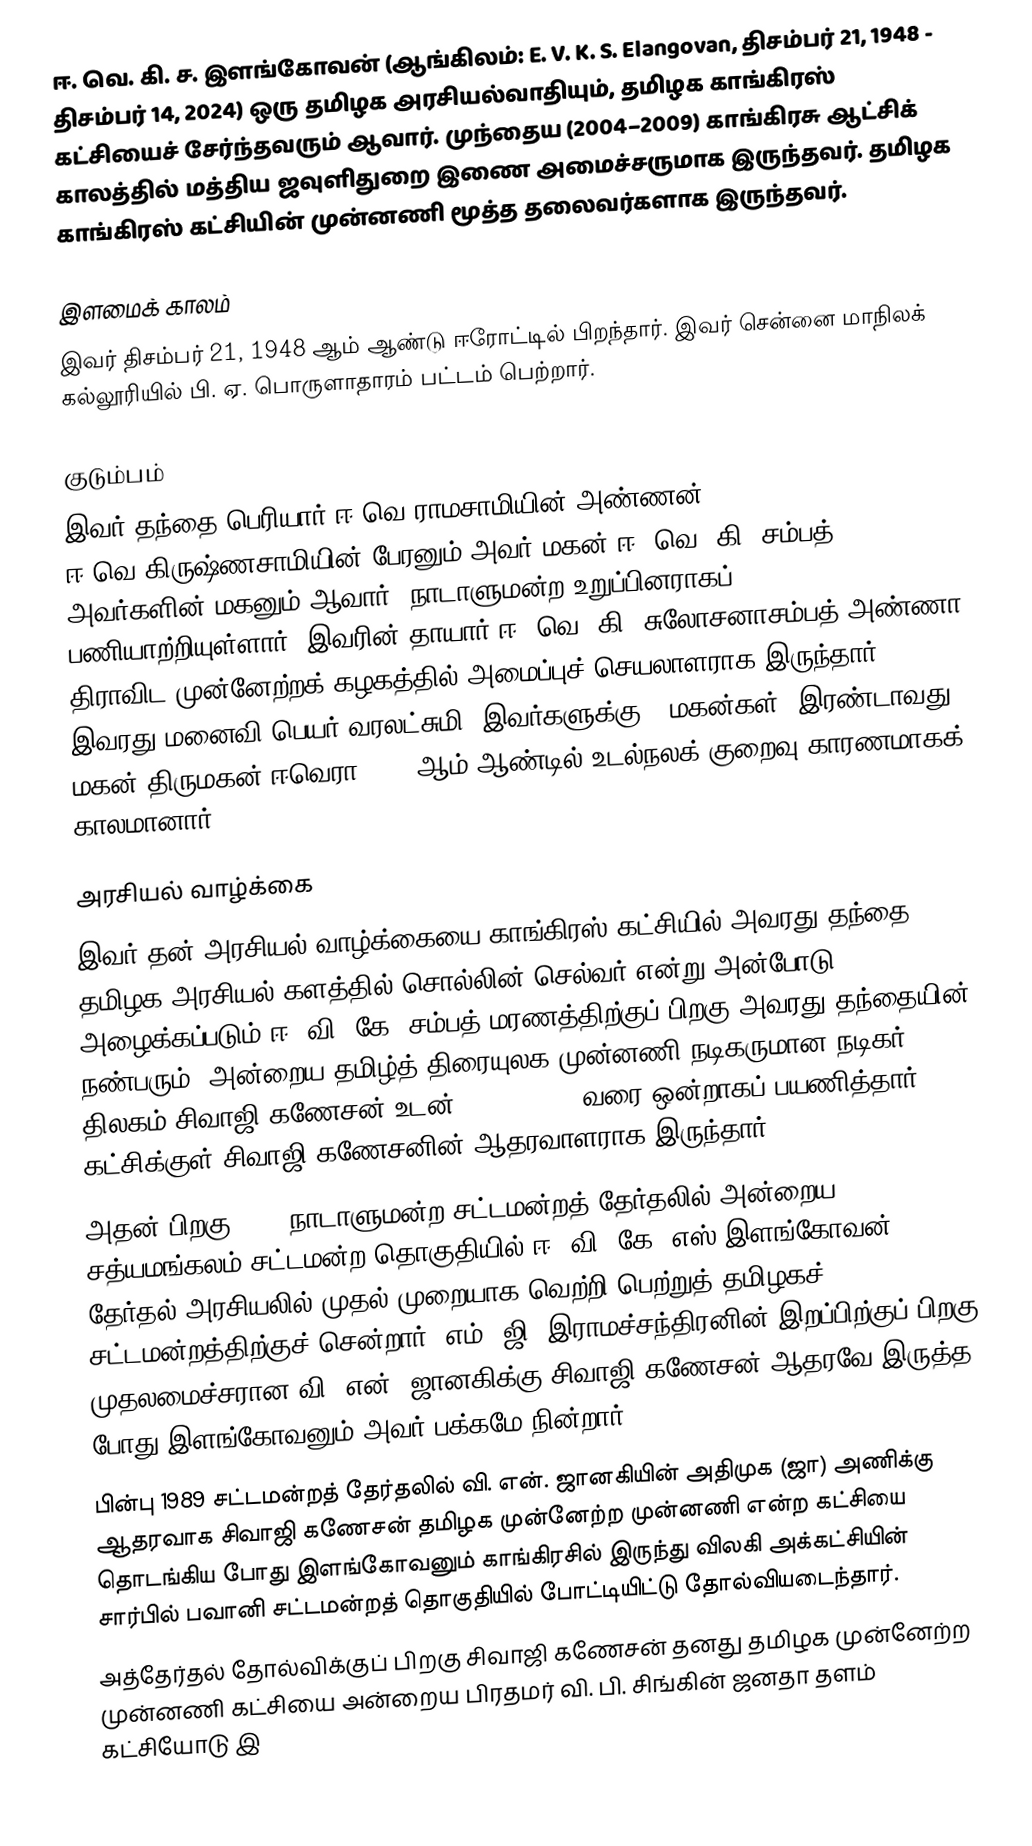
ஈ. வெ. கி. ச. இளங்கோவன் (ஆங்கிலம்: E. V. K. S. Elangovan, திசம்பர் 21, 1948 - திசம்பர் 14, 2024) ஒரு தமிழக அரசியல்வாதியும், தமிழக காங்கிரஸ் கட்சியைச் சேர்ந்தவரும் ஆவார். முந்தைய (2004–2009) காங்கிரசு ஆட்சிக் காலத்தில் மத்திய ஜவுளிதுறை இணை அமைச்சருமாக இருந்தவர். தமிழக காங்கிரஸ் கட்சியின் முன்னணி மூத்த தலைவர்களாக இருந்தவர்.

இளமைக் காலம்
இவர் திசம்பர் 21, 1948 ஆம் ஆண்டு  ஈரோட்டில் பிறந்தார். இவர் சென்னை மாநிலக் கல்லூரியில் பி. ஏ. பொருளாதாரம் பட்டம் பெற்றார்.

குடும்பம்
இவர் தந்தை பெரியார் ஈ.வெ.ராமசாமியின் அண்ணன் ஈ.வெ.கிருஷ்ணசாமியின் பேரனும் அவர் மகன் ஈ. வெ. கி. சம்பத் அவர்களின் மகனும் ஆவார். நாடாளுமன்ற உறுப்பினராகப் பணியாற்றியுள்ளார். இவரின் தாயார் ஈ. வெ. கி. சுலோசனாசம்பத் அண்ணா திராவிட முன்னேற்றக் கழகத்தில் அமைப்புச் செயலாளராக இருந்தார். இவரது மனைவி பெயர் வரலட்சுமி, இவர்களுக்கு 2 மகன்கள். இரண்டாவது மகன் திருமகன் ஈவெரா 2023 ஆம் ஆண்டில் உடல்நலக் குறைவு காரணமாகக் காலமானார்.

அரசியல் வாழ்க்கை
 இவர் தன் அரசியல் வாழ்க்கையை காங்கிரஸ் கட்சியில் அவரது தந்தை தமிழக அரசியல் களத்தில் சொல்லின் செல்வர் என்று அன்போடு அழைக்கப்படும் ஈ. வி. கே. சம்பத்  மரணத்திற்குப் பிறகு அவரது தந்தையின் நண்பரும், அன்றைய தமிழ்த் திரையுலக முன்னணி நடிகருமான நடிகர் திலகம் சிவாஜி கணேசன் உடன் (1977–1989) வரை ஒன்றாகப் பயணித்தார். கட்சிக்குள் சிவாஜி கணேசனின் ஆதரவாளராக இருந்தார்.
 அதன் பிறகு 1984 நாடாளுமன்ற/சட்டமன்றத் தேர்தலில் அன்றைய சத்யமங்கலம் சட்டமன்ற தொகுதியில் ஈ. வி. கே. எஸ்.இளங்கோவன் தேர்தல் அரசியலில் முதல் முறையாக வெற்றி பெற்றுத் தமிழகச் சட்டமன்றத்திற்குச் சென்றார். எம். ஜி. இராமச்சந்திரனின் இறப்பிற்குப் பிறகு முதலமைச்சரான வி. என். ஜானகிக்கு சிவாஜி கணேசன் ஆதரவே இருத்த போது இளங்கோவனும் அவர் பக்கமே நின்றார்.
 பின்பு 1989 சட்டமன்றத் தேர்தலில் வி. என். ஜானகியின் அதிமுக (ஜா) அணிக்கு ஆதரவாக சிவாஜி கணேசன் தமிழக முன்னேற்ற முன்னணி என்ற கட்சியை தொடங்கிய போது இளங்கோவனும் காங்கிரசில் இருந்து விலகி அக்கட்சியின் சார்பில் பவானி சட்டமன்றத் தொகுதியில் போட்டியிட்டு தோல்வியடைந்தார்.
 அத்தேர்தல் தோல்விக்குப் பிறகு சிவாஜி கணேசன் தனது தமிழக முன்னேற்ற முன்னணி கட்சியை அன்றைய பிரதமர் வி. பி. சிங்கின் ஜனதா தளம் கட்சியோடு இ